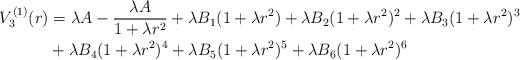
LaTeX: \begin{align*} V^{(1)}_3(r) &= \lambda A - \frac{\lambda A}{1+\lambda r^2} + \lambda B_1 (1+\lambda r^2) + \lambda B_2 (1+\lambda r^2)^2 + \lambda B_3 (1+\lambda r^2)^3 \\ &{} + \lambda B_4 (1+\lambda r^2)^4 + \lambda B_5 (1+\lambda r^2)^5 + \lambda B_6 (1+\lambda r^2)^6\end{align*}